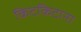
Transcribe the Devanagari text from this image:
किटकिटाना